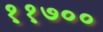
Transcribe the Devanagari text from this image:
११७००